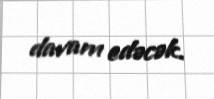
davam edəcək.